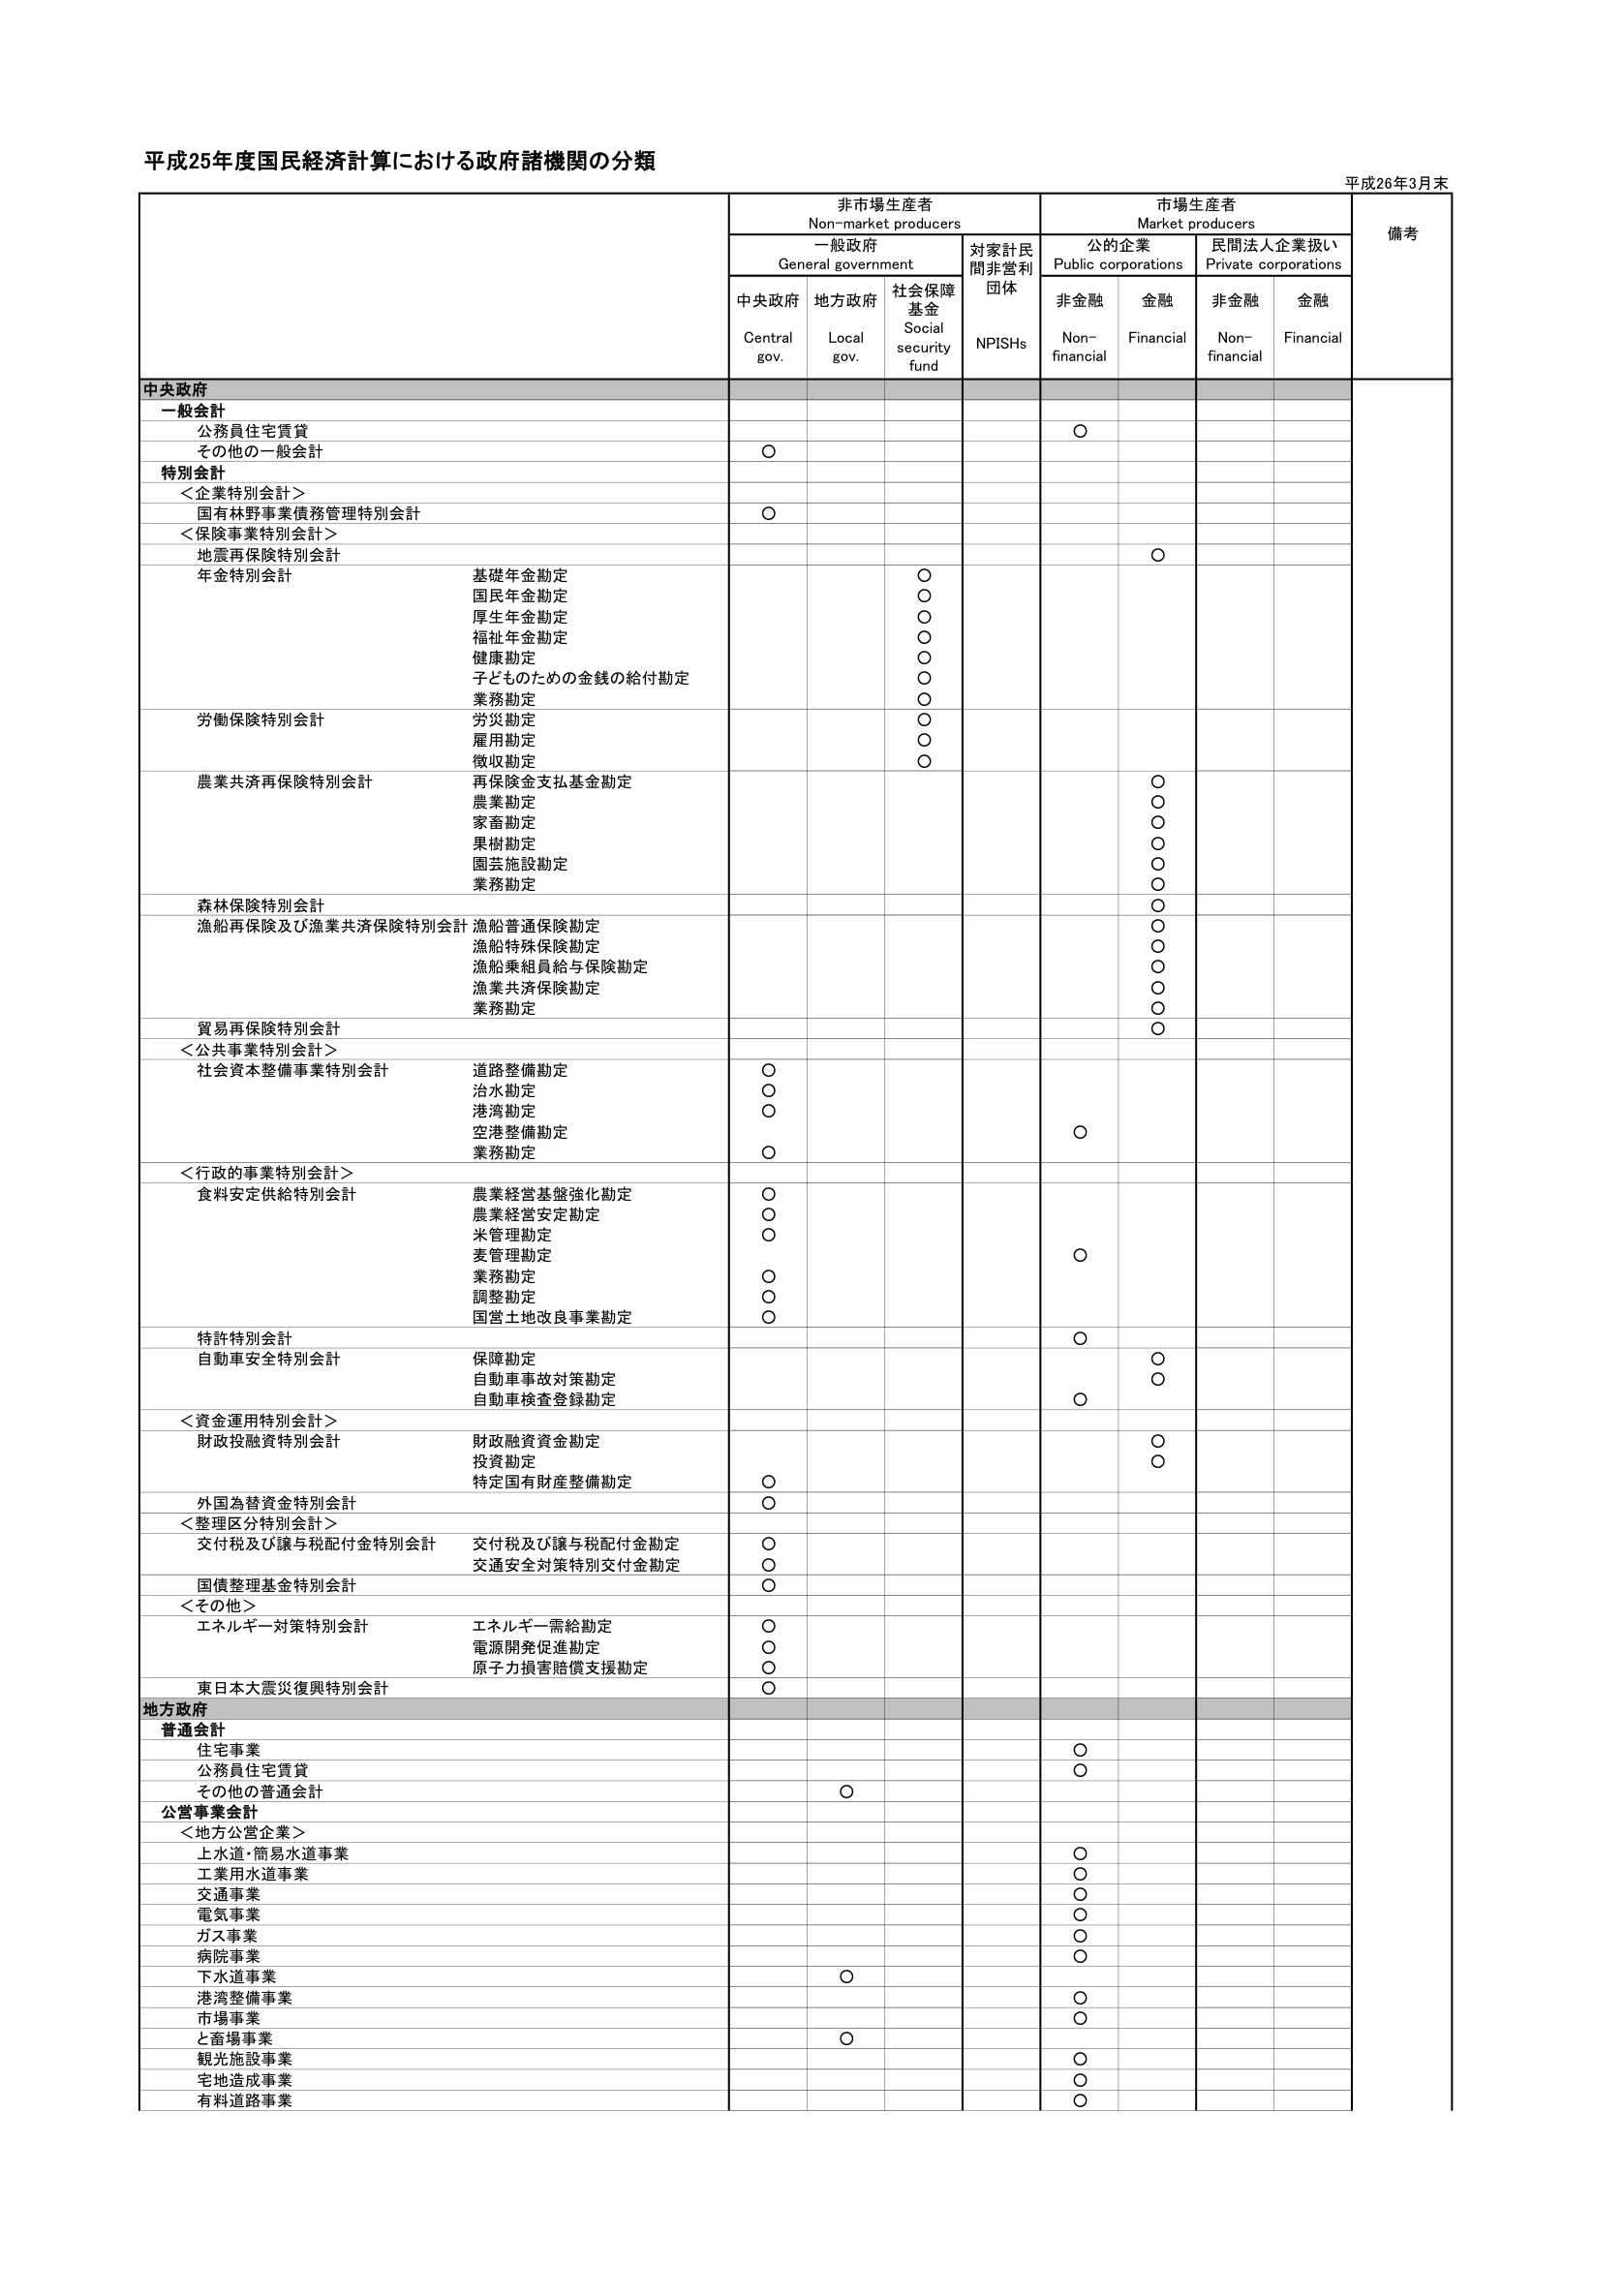
平成25年度国民経済計算における政府諸機関の分類
平成26年3月末

非市場生産者
Non-market producers
一般政府
General government
対家計民間非営利団体
NPISHs
市場生産者
Market producers
公的企業
Public corporations
民間法人企業扱い
Private corporations
備考

中央政府
地方府
社会保障基金
Social security fund
非金融
Non-financial
金融
Financial
非金融
Non-financial
金融
Financial

中央政府
一般会計
公務員住宅賃貸
○
その他的一般会計
○

特別会計
＜企業特別会計＞
国有林野事業債務管理特別会計
○

＜保険事業特別会計＞
地震再保険特別会計
○
年金特別会計
基礎年金勘定
○
国民年金勘定
○
厚生年金勘定
○
福祉年金勘定
○
健康勘定
○
子どもための金銭の給付勘定
○
業務勘定
○
労働保険特別会計
労災勘定
○
雇用勘定
○
徴収勘定
○
農業共済再保険特別会計
再保険金支払基金勘定
○
農業勘定
○
家畜勘定
○
果樹勘定
○
園芸施設勘定
○
業務勘定
○
森林保険特別会計
○
漁船再保険及び漁業共済保険特別会計
漁船普通保険勘定
○
漁船特殊保険勘定
○
漁船乗組員給与保険勘定
○
漁業共済保険勘定
○
業務勘定
○
貿易再保険特別会計
○

＜公共事業特別会計＞
社会資本整備事業特別会計
道路整備勘定
○
治水勘定
○
港湾勘定
○
空港整備勘定
○
業務勘定
○

＜行政的事業特別会計＞
食料安定供給特別会計
農業経営基盤強化勘定
○
農業経営安定勘定
○
米管理勘定
○
麦管理勘定
○
業務勘定
○
調整勘定
○
国営土地改良事業勘定
○

特許特別会計
○
自動車安全特別会計
保障勘定
○
自動車事故対策勘定
○
自動車検査登録勘定
○

＜資金運用特別会計＞
財政投融资特別会計
財政融資資金勘定
○
投資勘定
○
特定国有財産整備勘定
○

外国為替資金特別会計
○

＜整理区分特別会計＞
交付税及び譲与税配付金特別会計
交付税及び譲与税配付金勘定
○
交通安全対策特別交付金勘定
○
国債整理基金特別会計
○

＜その他＞
エネルギー対策特別会計
エネルギー需給勘定
○
電源開発促進勘定
○
原子力損害賠償支援勘定
○
東日本大震災復興特別会計
○

地方政府
普通会計
住宅事業
○
公務員住宅賃貸
○
その他の普通会計
○

公営事業会計
＜地方公営企業＞
上水道・簡易水道事業
○
工業用水道事業
○
交通事業
○
電気事業
○
ガス事業
○
病院事業
○
下水道事業
○
港湾整備事業
○
市場事業
○
と畜場事業
○
観光施設事業
○
宅地造成事業
○
有料道路事業
○